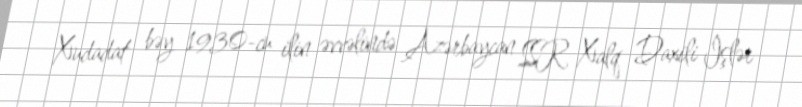
Xudadat bəy 1930-cu ilin əvvəlində Azərbaycan SSR Xalq Daxili İşlər